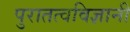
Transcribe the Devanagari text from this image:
पुरातत्वविज्ञानी